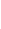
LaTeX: \mathbf{B}\! \! \! \! \! \! \! \! \! \! \! \! _{\! }\! \! \! \! \! \! \! \! \! \! \! 1\! \! \! \! \! \! \! \! \! \! \! \! =\! \! \! \! \! \! \! \! \! \! \! \! \mathbf{B}\! \! \! \! \! \! \! \! \! \! \! \! _{r\! \! \! \! \! \! \! \! \! \! \! \! _{\! }\! \! \! \! \! \! \! \! \! \! \! 1}\! \! \! \! \! \! \! \! \! \! \! \! (\! \! \! \! \! \! \! \! \! \! \! \! \mathbf{{x}}\! \! \! \! \! \! \! \! \! \! \! \! _{\! }\! \! \! \! \! \! \! \! \! \! \! 0\! \! \! \! \! \! \! \! \! \! \! \! )\! \! \! \! \! \! \! \! \! \! \! \! \subset\! \! \! \! \! \! \! \! \! \! \! \! D\! \! \! \! \! \! \! \! \! \! \!